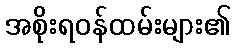
အစိုးရဝန်ထမ်းများ၏